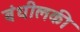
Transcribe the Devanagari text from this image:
बंधीलकी